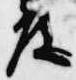
度